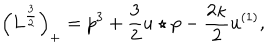
LaTeX: \Big ( L ^ { \frac { 3 } { 2 } } \Big ) _ { + } = p ^ { 3 } + \frac { 3 } { 2 } u \star p - \frac { 2 \kappa } { 2 } u ^ { ( 1 ) } ,